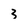
Character: 3